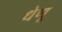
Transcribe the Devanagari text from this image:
धेणू